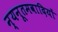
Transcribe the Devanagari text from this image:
न्यनूतमवादियों